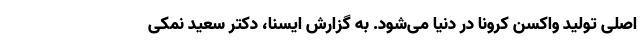
اصلی تولید واکسن کرونا در دنیا می‌شود. به گزارش ایسنا، دکتر سعید نمکی